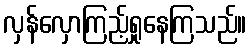
လှန်လှောကြည့်ရှုနေကြသည်။